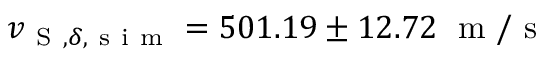
v _ { \mathrm { ~ S ~ } , \delta , \mathrm { ~ s ~ i ~ m ~ } } = 5 0 1 . 1 9 \pm 1 2 . 7 2 \; \mathrm { ~ m ~ } / \mathrm { ~ s ~ }